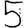
Digit: 5